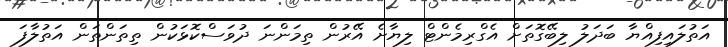
އަތުލައިފިއްޔާ ބަދަލު ލިބޭގޮތަށް އެގްރިމެންޓް ލިޔާށެ އޭރުން ތިމަންނަ ދުވަސްކޮޅަކުން ތިތަންތަން އަތުލާފަ